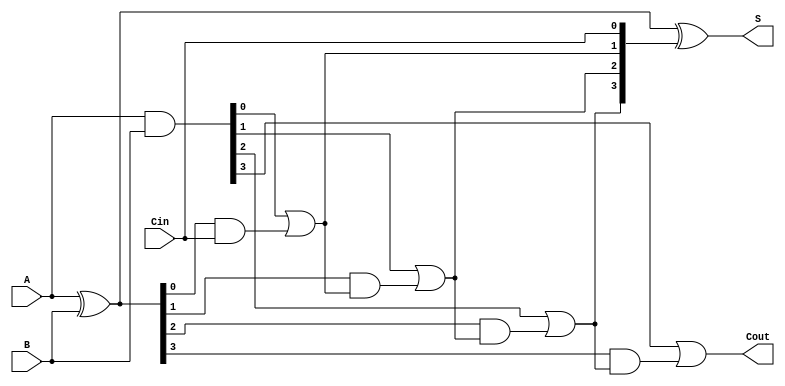
module CLA_4bit (
    input [3:0] A,
    input [3:0] B,
    input Cin,
    output [3:0] S,
    output Cout
);
    wire [3:0] G; // Generate signals
    wire [3:0] P; // Propagate signals
    wire [4:0] C; // Carry signals

    // Generate and Propagate calculations
    assign G = A & B;          // G_i = A_i * B_i
    assign P = A ^ B;          // P_i = A_i + B_i (XOR for propagate)

    // Carry signals calculation
    assign C[0] = Cin;         // C0 = Cin
    assign C[1] = G[0] | (P[0] & C[0]); // C1 = G0 + (P0 * C0)
    assign C[2] = G[1] | (P[1] & C[1]); // C2 = G1 + (P1 * C1)
    assign C[3] = G[2] | (P[2] & C[2]); // C3 = G2 + (P2 * C2)
    assign Cout = G[3] | (P[3] & C[3]); // Cout = G3 + (P3 * C3)

    // Sum calculation
    assign S = P ^ C[3:0]; // S_i = A_i XOR B_i XOR C_i

endmodule